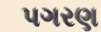
પગરણ